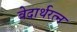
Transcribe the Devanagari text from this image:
वेदार्थरत्न